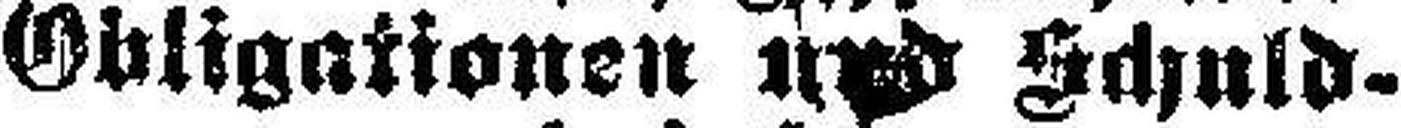
Obligationen und Schuld¬